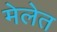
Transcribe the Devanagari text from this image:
मेलेत